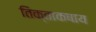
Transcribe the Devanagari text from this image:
तिक्ताकषाय